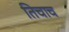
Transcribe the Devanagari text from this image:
तिचाच